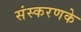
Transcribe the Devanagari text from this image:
संस्‍करणके